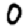
Digit: 0